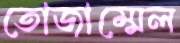
তোজাম্মেল